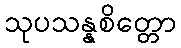
သုပသန္နစိတ္တော